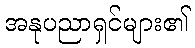
အနုပညာရှင်များ၏